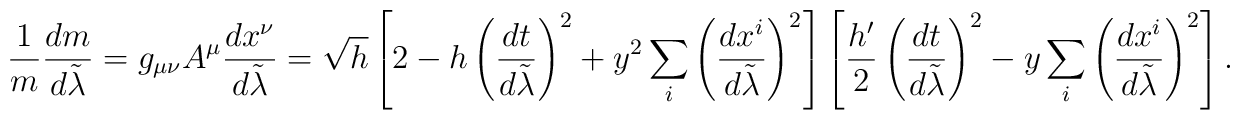
{1\over m}{{dm}\over{d\tilde{\lambda}}}=g_{\mu\nu}A^{\mu}{{dx^{\nu}}\over{d\tilde{\lambda}}}=\sqrt{h}\left[2-h\left({{dt}\over{d\tilde{\lambda}}}\right)^2+y^2\sum_i\left({{dx^i}\over{d\tilde{\lambda}}}\right)^2\right]\left[{h^{\prime}\over 2}\left({{dt}\over{d\tilde{\lambda}}}\right)^2-y\sum_i\left({{dx^i}\over{d\tilde{\lambda}}}\right)^2\right].